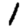
Digit: 1